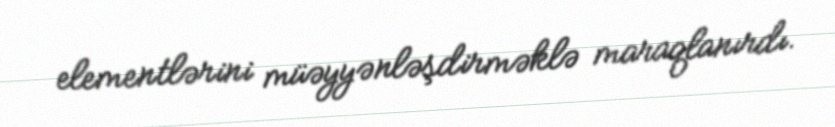
elementlərini müəyyənləşdirməklə maraqlanırdı.